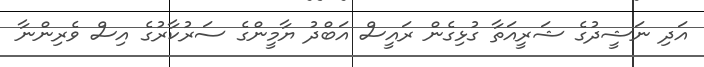
އަދި ނަޝީދުގެ ޝަރީއަތާ ގުޅިގެން ރައީސް އަބްދު ޔާމީންގެ ސަރުކާރުގެ އިސް ވެރިންނާ